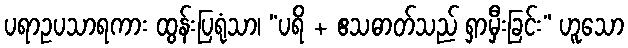
ပရာဥပသာရကား ထွန်းပြရုံသာ၊ “ပရိ + ဧသဓာတ်သည် ရှာမှီးခြင်း” ဟူသော